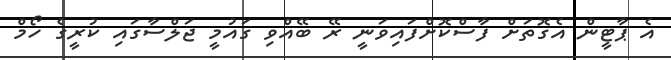
އެ ޕާޓީން އެގޮތަށް ފާސްކޮށްފައިވަނީ ރޭ ބޭއްވި ގައުމީ ޖަލްސާގައި ކުރީގެ ހޯމް